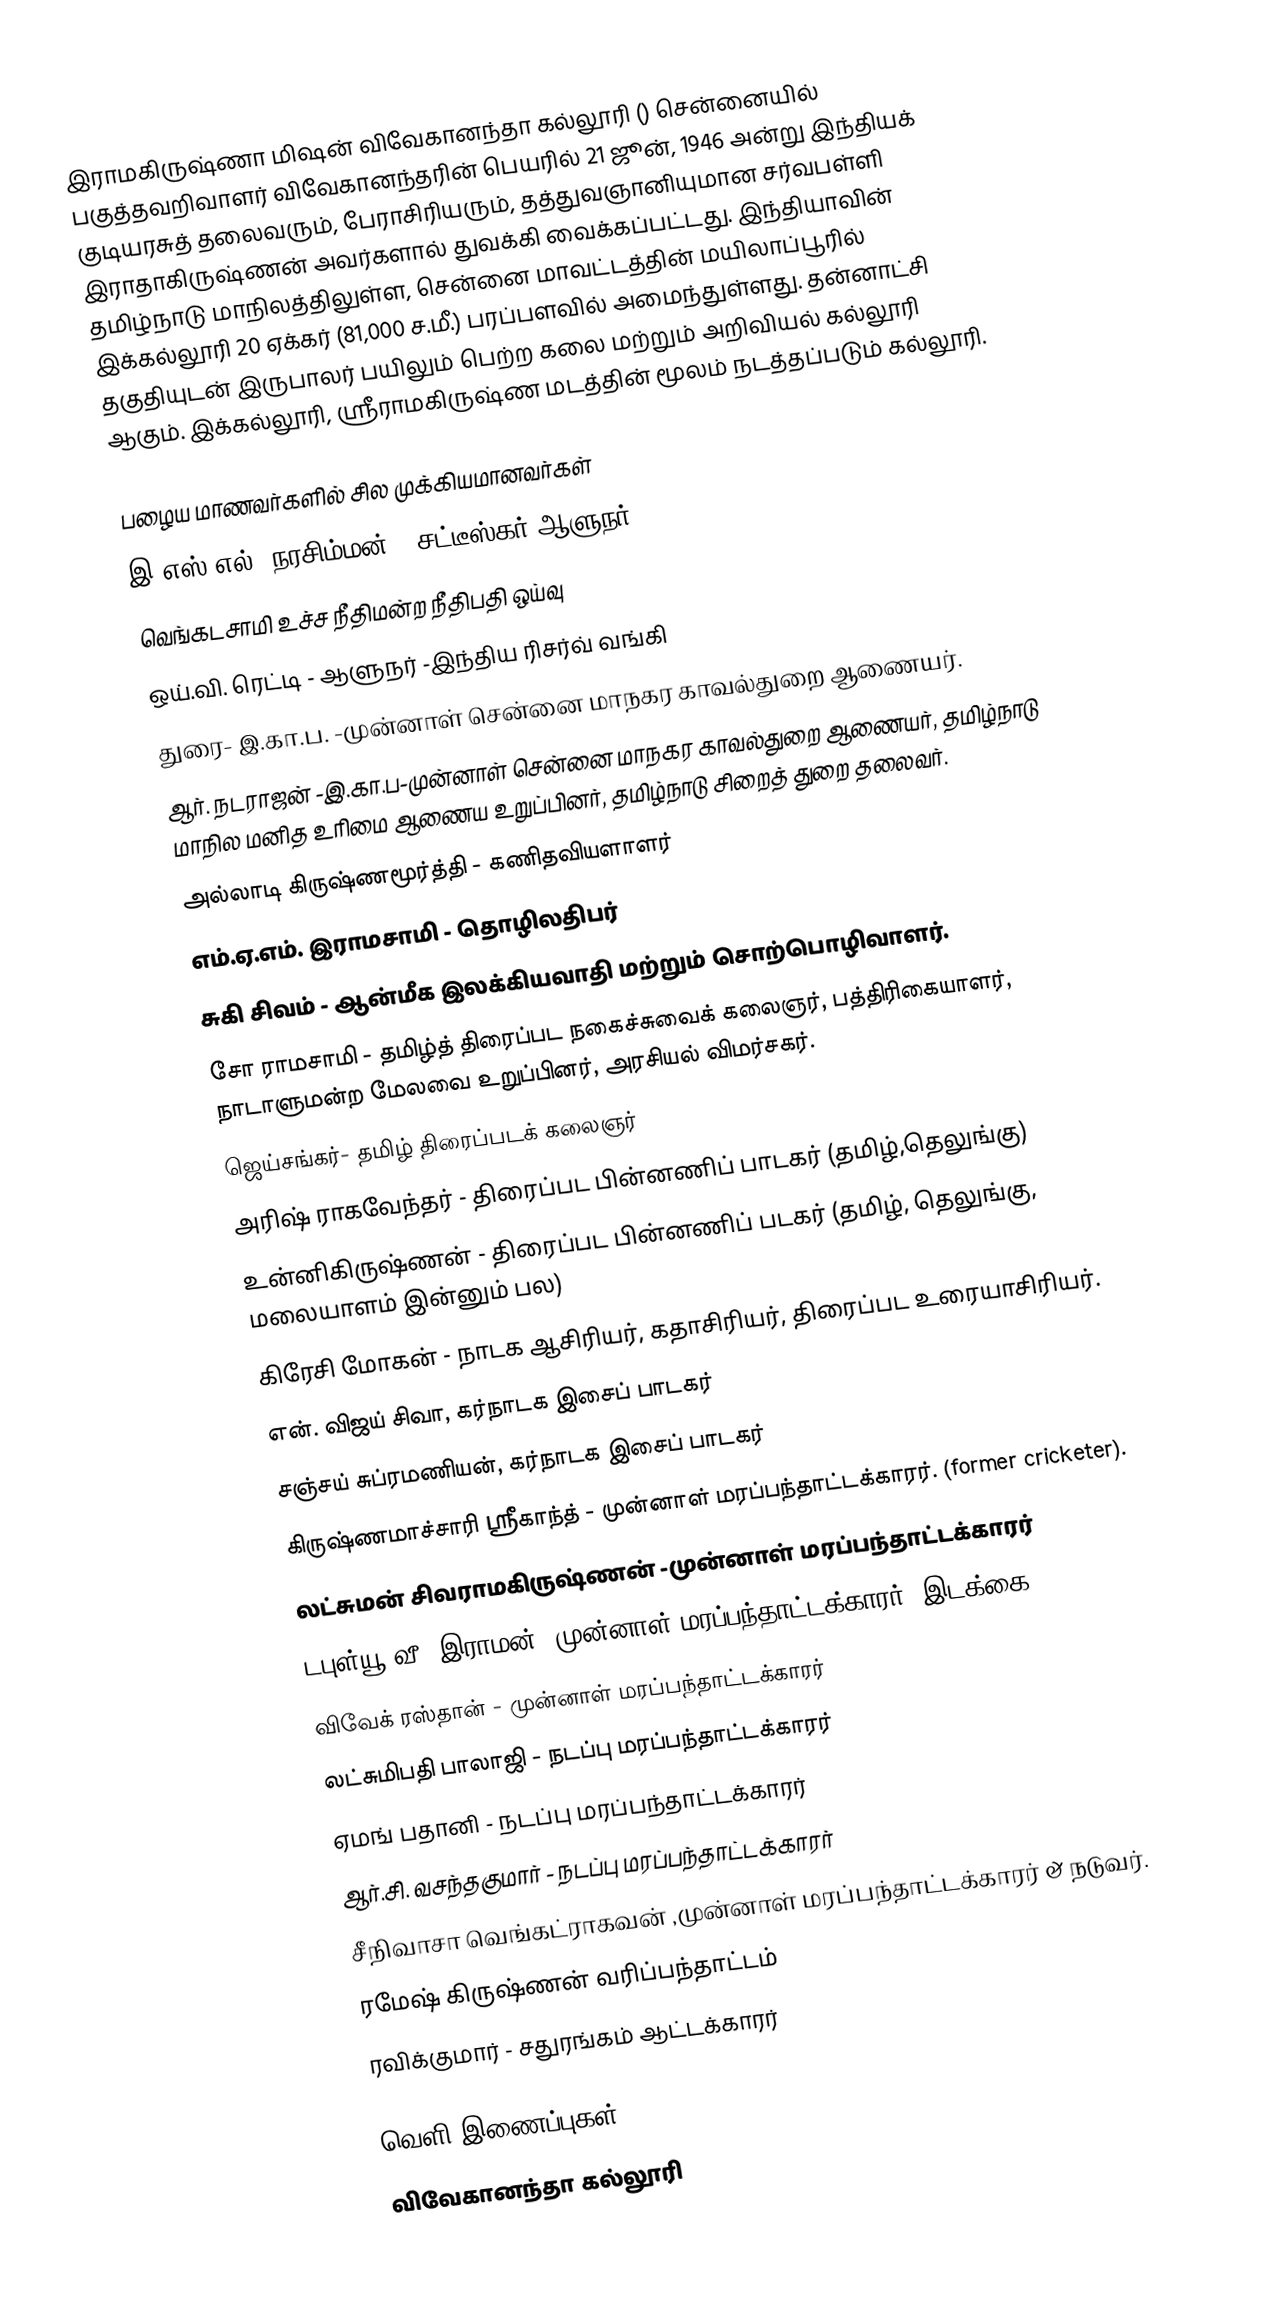
இராமகிருஷ்ணா மிஷன் விவேகானந்தா கல்லூரி () சென்னையில் பகுத்தவறிவாளர் விவேகானந்தரின் பெயரில் 21 ஜூன், 1946 அன்று இந்தியக் குடியரசுத் தலைவரும், பேராசிரியரும், தத்துவஞானியுமான  சர்வபள்ளி இராதாகிருஷ்ணன் அவர்களால் துவக்கி வைக்கப்பட்டது. இந்தியாவின் தமிழ்நாடு மாநிலத்திலுள்ள, சென்னை மாவட்டத்தின் மயிலாப்பூரில் இக்கல்லூரி 20 ஏக்கர் (81,000 ச.மீ.) பரப்பளவில் அமைந்துள்ளது. தன்னாட்சி தகுதியுடன் இருபாலர் பயிலும் பெற்ற கலை மற்றும் அறிவியல் கல்லூரி ஆகும். இக்கல்லூரி, ஸ்ரீராமகிருஷ்ண மடத்தின் மூலம் நடத்தப்படும் கல்லூரி.

பழைய மாணவர்களில் சில முக்கியமானவர்கள்
 இ.எஸ்.எல். நரசிம்மன் - சட்டீஸ்கர் ஆளுநர்.
 வெங்கடசாமி உச்ச நீதிமன்ற நீதிபதி ஒய்வு
 ஒய்.வி. ரெட்டி - ஆளுநர் -இந்திய ரிசர்வ் வங்கி
 துரை- இ.கா.ப. -முன்னாள் சென்னை மாநகர காவல்துறை ஆணையர்.
 ஆர். நடராஜன் -இ.கா.ப-முன்னாள் சென்னை மாநகர காவல்துறை ஆணையர், தமிழ்நாடு மாநில மனித உரிமை ஆணைய உறுப்பினர், தமிழ்நாடு சிறைத் துறை தலைவர்.
 அல்லாடி கிருஷ்ணமூர்த்தி - கணிதவியளாளர்
 எம்.ஏ.எம். இராமசாமி - தொழிலதிபர்
 சுகி சிவம் - ஆன்மீக இலக்கியவாதி மற்றும் சொற்பொழிவாளர்.
 சோ ராமசாமி - தமிழ்த் திரைப்பட நகைச்சுவைக் கலைஞர், பத்திரிகையாளர், நாடாளுமன்ற மேலவை உறுப்பினர், அரசியல் விமர்சகர்.
 ஜெய்சங்கர்- தமிழ் திரைப்படக் கலைஞர்
 அரிஷ் ராகவேந்தர் - திரைப்பட பின்னணிப் பாடகர் (தமிழ்,தெலுங்கு)
 உன்னிகிருஷ்ணன் - திரைப்பட பின்னணிப் படகர் (தமிழ், தெலுங்கு, மலையாளம் இன்னும் பல)
 கிரேசி மோகன் - நாடக ஆசிரியர், கதாசிரியர், திரைப்பட உரையாசிரியர்.
 என். விஜய் சிவா, கர்நாடக இசைப் பாடகர்
 சஞ்சய் சுப்ரமணியன், கர்நாடக இசைப் பாடகர்
 கிருஷ்ணமாச்சாரி ஸ்ரீகாந்த் - முன்னாள் மரப்பந்தாட்டக்காரர். (former cricketer).
 லட்சுமன் சிவராமகிருஷ்ணன் -முன்னாள் மரப்பந்தாட்டக்காரர்
 டபுள்யூ.வீ. இராமன்- முன்னாள் மரப்பந்தாட்டக்காரர் (இடக்கை).
 விவேக் ரஸ்தான் - முன்னாள் மரப்பந்தாட்டக்காரர்
 லட்சுமிபதி பாலாஜி - நடப்பு மரப்பந்தாட்டக்காரர்
 ஏமங் பதானி -  நடப்பு மரப்பந்தாட்டக்காரர்
 ஆர்.சி. வசந்தகுமார் - நடப்பு மரப்பந்தாட்டக்காரர்
 சீநிவாசா வெங்கட்ராகவன் ,முன்னாள் மரப்பந்தாட்டக்காரர் & நடுவர்.
 ரமேஷ் கிருஷ்ணன்  வரிப்பந்தாட்டம்
 ரவிக்குமார் - சதுரங்கம் ஆட்டக்காரர்

வெளி இணைப்புகள்
விவேகானந்தா கல்லூரி